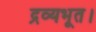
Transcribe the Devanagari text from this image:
द्रव्यभूत।